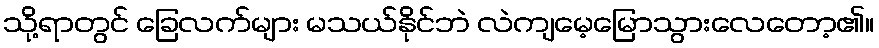
သို့ရာတွင် ခြေလက်များ မသယ်နိုင်ဘဲ လဲကျမေ့မြောသွားလေတော့၏။